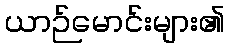
ယာဉ်မောင်းများ၏